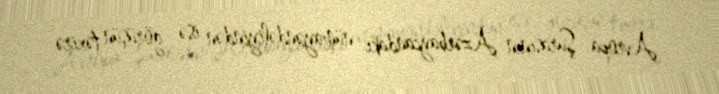
Avropa Şurasının Azərbaycandakı nümayəndəliyindən isə görüşün təxirə